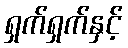
ရှက်ရှက်နှင့်